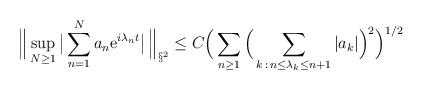
LaTeX: \begin{align*}\Big\| \sup_{N\ge 1} \big|\sum_{n=1}^Na_n{\rm e}^{i\lambda_n t}\big|\, \Big\|_{\S^2}\le C \Big(\sum_{n\ge 1} \Big(\sum_{k\, :\, n\le \lambda_k \le n+1}|a_k|\Big)^2\Big)^{1/2}\end{align*}